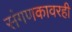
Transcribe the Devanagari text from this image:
संगणकावरही